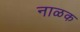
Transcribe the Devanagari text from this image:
नाळक